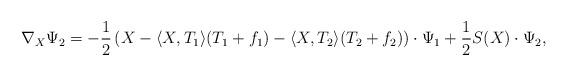
LaTeX: \begin{align*}\nabla_X\Psi_2=-\frac{1}{2}\left(X-\langle X,T_1\rangle (T_1+f_1)-\langle X,T_2\rangle (T_2+f_2)\right)\cdot\Psi_1+\frac{1}{2}S(X)\cdot\Psi_2,\end{align*}